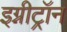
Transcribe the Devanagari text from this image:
इग्नीट्रॉन